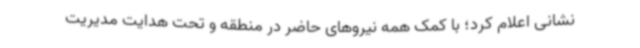
نشانی اعلام کرد؛ با کمک همه نیروهای حاضر در منطقه و تحت هدایت مدیریت